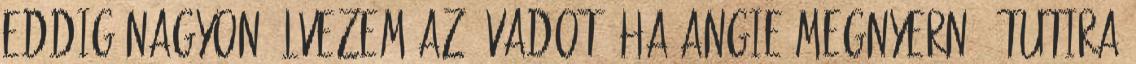
eddig nagyon élvezem az évadot, ha Angie megnyerné, tutira